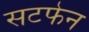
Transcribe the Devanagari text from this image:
सटफेन